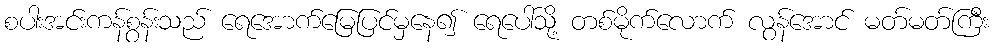
စပါးအင်းကန်စွန်းသည် ရေအောက်မြေပြင်မှနေ၍ ရေပေါ်သို့ တစ်မိုက်လောက် လွန်အောင် မတ်မတ်ကြီး